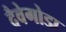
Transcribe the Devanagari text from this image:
दैवेगोडा